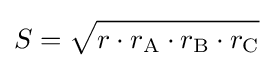
S={\sqrt {r\cdot r_{\text{A}}\cdot r_{\text{B}}\cdot r_{\text{C}}{\vphantom {A}}}}